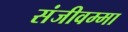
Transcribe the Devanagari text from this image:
संजीवम्मा